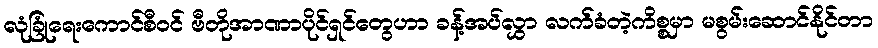
လုံခြုံရေးကောင်စီဝင် ဗီတိုအာဏာပိုင်ရှင်တွေဟာ ခန့်အပ်လွှာ လက်ခံတဲ့ကိစ္စမှာ မစွမ်းဆောင်နိုင်တာ